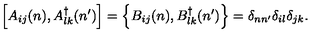
\left[ A _ { i j } ( n ) , A _ { l k } ^ { \dag } ( n ^ { \prime } ) \right] = \left\{ B _ { i j } ( n ) , B _ { l k } ^ { \dag } ( n ^ { \prime } ) \right\} = \delta _ { n n ^ { \prime } } \delta _ { i l } \delta _ { j k } .